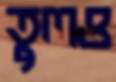
তুলও